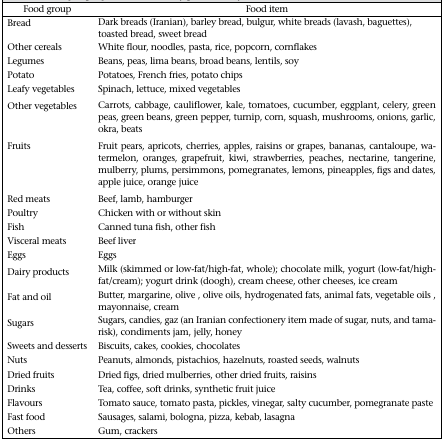
| Food group | Food item |
 | --- | --- |
 | Bread | Dark breads (Iranian), barley bread, bulgur, white breads (lavash, baguettes), toasted bread, sweet bread |
 | Other cereals | White flour, noodles, pasta, rice, popcorn, cornflakes |
 | Legumes | Beans, peas, lima beans, broad beans, lentils, soy |
 | Potato | Potatoes, French fries, potato chips |
 | Leafy vegetables | Spinach, lettuce, mixed vegetables |
 | Other vegetables | Carrots, cabbage, cauliflower, kale, tomatoes, cucumber, eggplant, celery, green peas, green beans, green pepper, turnip, corn, squash, mushrooms, onions, garlic, okra, beats |
 | Fruits | Fruit pears, apricots, cherries, apples, raisins or grapes, bananas, cantaloupe, watermelon, oranges, grapefruit, kiwi, strawberries, peaches, nectarine, tangerine, mulberry, plums, persimmons, pomegranates, lemons, pineapples, figs and dates, apple juice, orange juice |
 | Red meats | Beef, lamb, hamburger |
 | Poultry | Chicken with or without skin |
 | Fish | Canned tuna fish, other fish |
 | Visceral meats | Beef liver |
 | Eggs | Eggs |
 | Dairy products | Milk (skimmed or low-fat/high-fat, whole); chocolate milk, yogurt (low-fat/high-fat/cream); yogurt drink (doogh), cream cheese, other cheeses, ice cream |
 | Fat and oil | Butter, margarine, olive, olive oils, hydrogenated fats, animal fats, vegetable oils, mayonnaise, cream |
 | Sugars | Sugars, candies, gaz (an Iranian confectionery item made of sugar, nuts, and tamarisk), condiments jam, jelly, honey |
 | Sweets and desserts | Biscuits, cakes, cookies, chocolates |
 | Nuts | Peanuts, almonds, pistachios, hazelnuts, roasted seeds, walnuts |
 | Dried fruits | Dried figs, dried mulberries, other dried fruits, raisins |
 | Drinks | Tea, coffee, soft drinks, synthetic fruit juice |
 | Flavours | Tomato sauce, tomato pasta, pickles, vinegar, salty cucumber, pomegranate paste |
 | Fast food | Sausages, salami, bologna, pizza, kebab, lasagna |
 | Others | Gum, crackers |